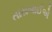
તારાબાઈએ